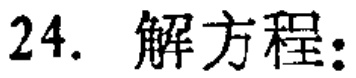
24. 解方程: